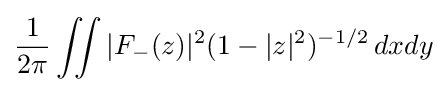
{1 \over 2\pi }\iint |F_{-}(z)|^{2}(1-|z|^{2})^{-1/2}\,dxdy